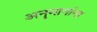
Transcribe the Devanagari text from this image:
अनुमानांना